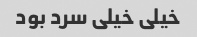
خیلی خیلی سرد بود